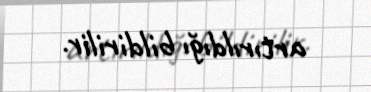
artırıldığı bildirilir.